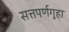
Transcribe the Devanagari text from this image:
सत्तपर्णगुहा